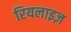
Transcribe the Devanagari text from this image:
रियलाइज़